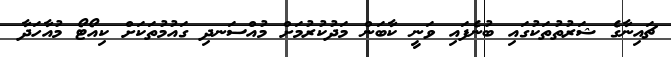
ޗައިނާގެ ޝަރުތުތަކުގައި ބުނެފައި ވަނީ ކާބަން މަދުކުރުމަށް މުއްސަނދި ގައުމުތަކަށް ކިއޯޓޯ މުއާހަދާ